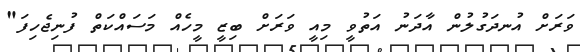
ވަރަށް އުނދަގުލުން އާދަނު އަތުވީ މިއީ ވަރަށް ބިޒީ މީހެއް މަސައްކަތް ފުނިޖެހިފަ"